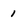
Character: 1